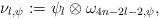
LaTeX: \begin{align*}\nu_{l, \psi}: = \psi_l \otimes \omega_{4n-2l-2,\psi},\end{align*}